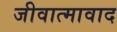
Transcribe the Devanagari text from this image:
जीवात्मावाद